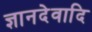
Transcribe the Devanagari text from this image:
ज्ञानदेवादि